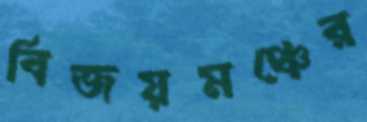
বিজয়মঞ্চের